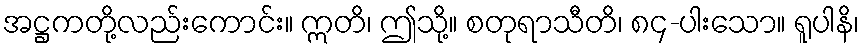
အဋ္ဌကတို့လည်းကောင်း။ ဣတိ၊ ဤသို့။ စတုရာသီတိ၊ ၈၄-ပါးသော။ ရူပါနိ၊